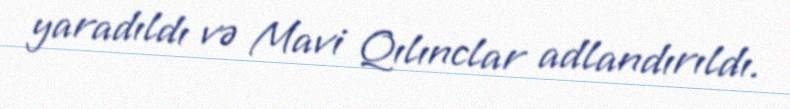
yaradıldı və Mavi Qılınclar adlandırıldı.